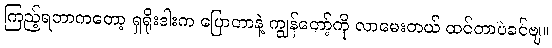
ကြည့်ရတာကတော့ ရှရိုးဒါးက ပြောတာနဲ့ ကျွန်တော့်ကို လာမေးတယ် ထင်တာပဲခင်ဗျ။